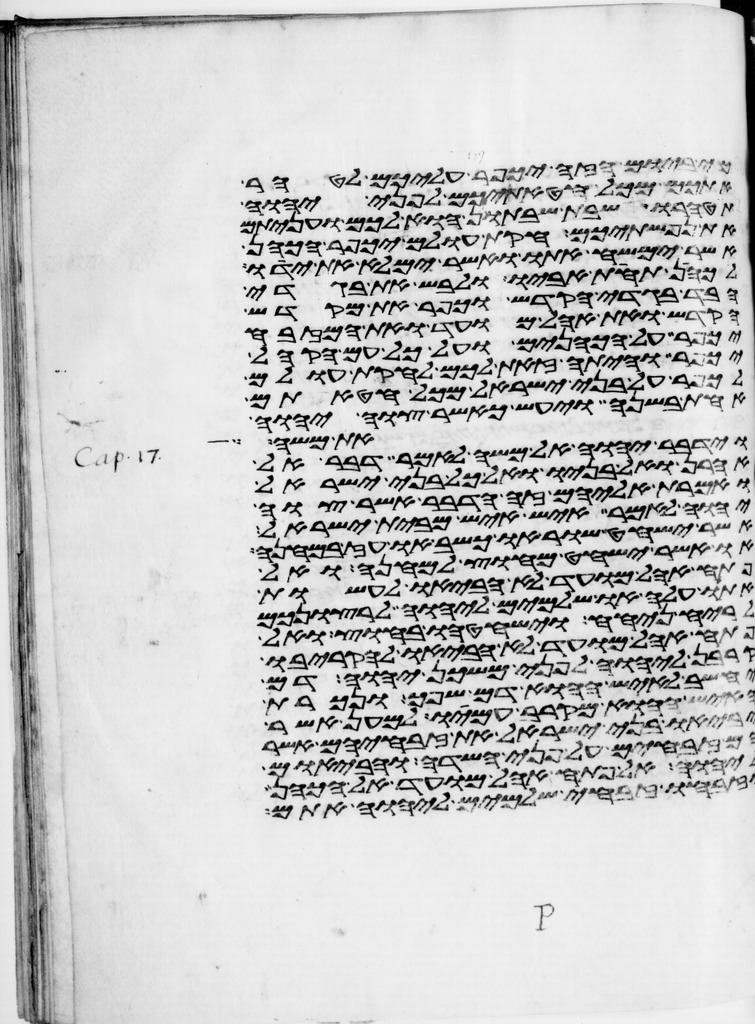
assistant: כי ביום הזה יכפר עליכם לטהר
אתכם מכל חטאתיכם לפני יהוה
תטהרו שבת שבתון הוא לכם ועניתם
את נפשתיכם חקות עולם יכפר הכהן
אשר ימשח אתו ואשר ימלא את ידו
לכהן תחת אביו ולבש את בגדי
הבד בגדי הקדש וכפר את מקדש
הקדש ואת אהל מועד ואת המזבח
יכפר על הכהנים ועל כל עם הקהל
יכפר והיתה זאת לכם לחקות עולם
לכפר על בני ישראל מכל חטאתם
אחת בשנה ויעש כאשר צוה יהוה
את משה
וידבר יהוה אל משה לאמר דבר אל
אהרן ואל בניו ואל כל בני ישראל
ואמרת אליהם זה הדבר אשר צוה
יהוה לאמר איש איש מבית ישראל
אשר ישחט שור או כשב או עז במחנה
או אשר ישחט מחוץ למחנה ואל
פתח אהל מועד לא הביאו לעשות
אתו עלה או שלמים ליהוה לרצונכם
לריח ניחח וישחטהו בחוץ ואל
פתח אהל מועד לא הביאו להקריבו
קרבן ליהוה לפני משכן יהוה דם
יחשב לאיש ההוא דם שפך ונכרת
האיש ההוא מקרב עמיו למען אשר
יביאו בני ישראל את זבחיהם אשר
זבחים על פני השדה והבאום
ליהוה אל פתח אהל מועד אל הכהן
וזבחו זבחי שלמים ליהוה אתם